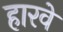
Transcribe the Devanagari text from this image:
हारवे